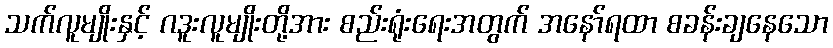
သက်လူမျိုးနှင့် ဂဒူးလူမျိုးတို့အား စည်းရုံးရေးအတွက် အနော်ရထာ စခန်းချနေသော